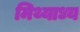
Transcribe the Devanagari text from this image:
मिथ्याध्य